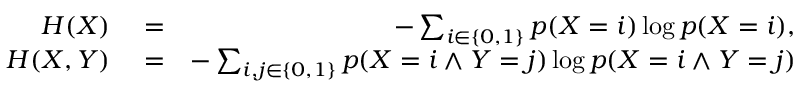
\begin{array} { r l r } { H ( X ) } & { { } = } & { - \sum _ { i \in \{ 0 , 1 \} } p ( X = i ) \log p ( X = i ) , } \\ { H ( X , Y ) } & { { } = } & { - \sum _ { i , j \in \{ 0 , 1 \} } p ( X = i \wedge Y = j ) \log p ( X = i \wedge Y = j ) } \end{array}